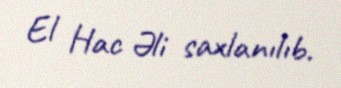
El Hac Əli saxlanılıb.